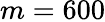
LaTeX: m=600